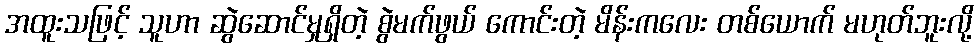
အထူးသဖြင့် သူဟာ ဆွဲဆောင်မှုရှိတဲ့ စွဲမက်ဖွယ် ကောင်းတဲ့ မိန်းကလေး တစ်ယောက် မဟုတ်ဘူးလို့